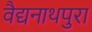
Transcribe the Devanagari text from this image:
वैद्यनाथपुरा